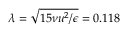
\lambda = \sqrt { 1 5 \nu u ^ { 2 } / \epsilon } = 0 . 1 1 8